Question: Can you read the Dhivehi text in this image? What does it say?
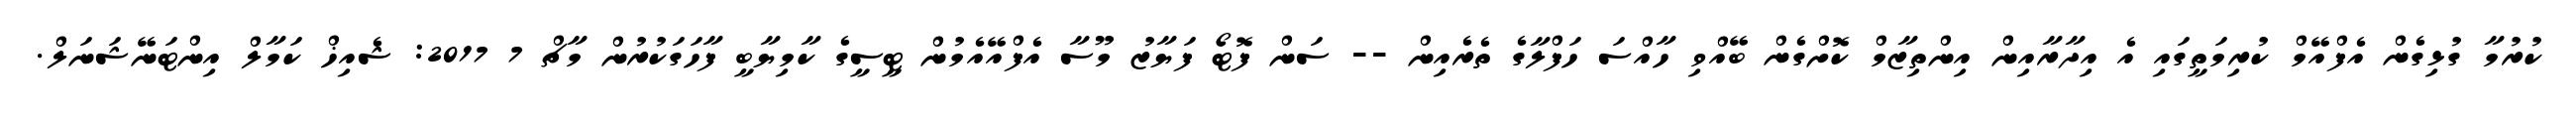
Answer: ކުރުމާ ގުޅިގެން އެފްއޭމް ކުރިމަތީގައި އެ އިދާރާއިން އިންތިޒާމް ކޮށްގެން ބޭއްވި ހާއްސަ ހަފްލާގެ ތެރެއިން -- ސަން ފޮޓޯ ފަޔާޒު މޫސާ އެފްއޭއެމުން ޓީސީގެ ކާމިޔާބީ ފާހަގަކުރުން މާޗް 7 2017: ޝެއިޚް ކަމާލް އިންޓަނޭޝަނަލް.